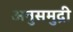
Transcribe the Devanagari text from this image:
अनुसमुद्री